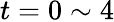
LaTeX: t=0\sim 4